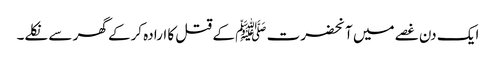
ایک دن غصے میں آنحضرت ﷺ کے قتل کا ارادہ کرکے گھر سے نکلے۔